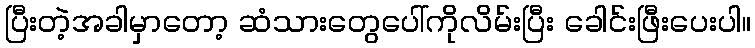
ပြီးတဲ့အခါမှာတော့ ဆံသားတွေပေါ်ကိုလိမ်းပြီး ခေါင်းဖြီးပေးပါ။